Indian journal of veterinary science and animal husbandry - Volumes 18-21, 1948-1951
Year: 1948
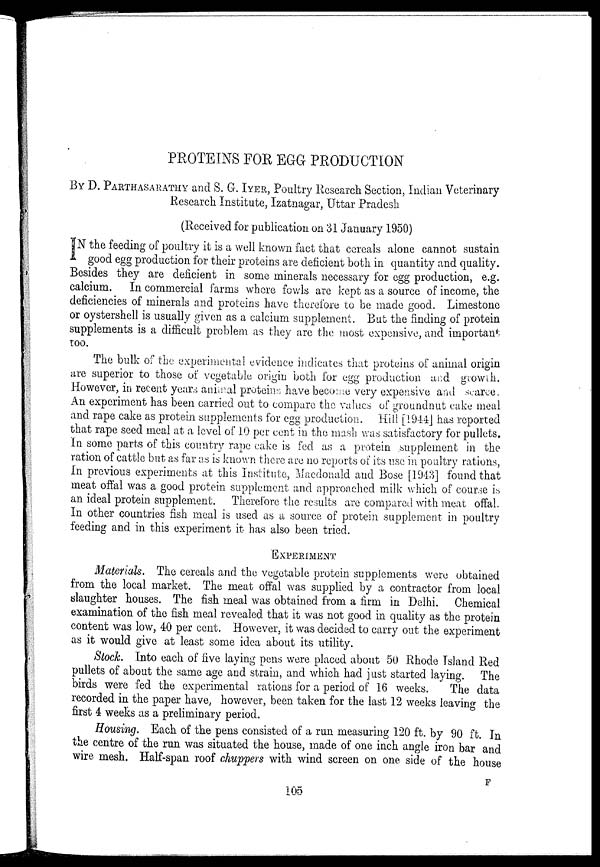
PROTEINS FOR EGG PRODUCTION
BY D. PARTHASARATHY and S. G. IYER, Poultry Research Section, Indian Veterinary
Research Institute, Izatnagar, Uttar Pradesh
(Received for publication on 31 January 1950)
I N the feeding of poultry it is a well known fact that cereals alone cannot sustain
good egg production for their proteins are deficient both in quantity and quality.
Besides they are deficient in some minerals necessary for egg production, e.g.
calcium.
In commercial farms where fowls are kept as a source of income, the
deficiencies of minerals and proteins have therefore to be made good. Limestone
or oystershell is usually given as a calcium supplement. But the finding of protein
supplements is a difficult problem as they are the most expensive, and important
too.
The bulk of the experimental evidence indicates that proteins of animal origin
are superior to those of vegetable origin both for egg production and growth.
However, in recent years animal proteins have become very expensive and scarce.
An experiment has been carried out to compare the values of groundnut cake meal
and rape cake as protein supplements for egg production. Hill [1944] has reported
that rape seed meal at a level of 10 per cent in the mash was satisfactory for pullets.
In some parts of this country rape cake is fed as a protein supplement in the
ration of cattle but as far as is known there are no reports of its use in poultry rations,
In previous experiments at this Institute, Maedonald and Bose [1943] found that
meat offal was a good protein supplement and approached milk which of course is
an ideal protein supplement. Therefore the results are compared with meat offal.
In other countries fish meal is used as a source of protein supplement in poultry
feeding and in this experiment it has also been tried.
EXPERIMENT
Materials. The cereals and the vegetable protein supplements were obtained
from the local market. The meat offal was supplied by a contractor from local
slaughter houses. The fish meal was obtained from a firm in Delhi, Chemical
examination of the fish meal revealed that it was not good in quality as the protein
content was low, 40 per cent. However, it was decided to carry out the experiment
as it would give at least some idea about its utility.
Stock. Into each of five laying pens were placed about 50 Rhode Island Red
pullets of about the same age and strain, and which had just started laying. The
birds were fed the experimental rations for a period of 16 weeks.
The data
recorded in the paper have, however, been taken for the last 12 weeks leaving the
first 4 weeks as a preliminary period.
Housing. Each of the pens consisted of a run measuring 120 ft. by 90 ft. In
the centre of the run was situated the house, made of one inch angle iron bar and
wire mesh. Half-span roof chuppers with wind screen on one side of the house
F
105